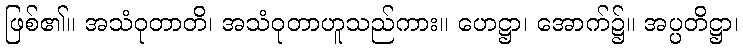
ဖြစ်၏။ အသံဝုတာတိ၊ အသံဝုတာဟူသည်ကား။ ဟေဋ္ဌာ၊ အောက်၌။ အပ္ပတိဋ္ဌာ၊